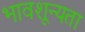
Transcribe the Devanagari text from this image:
भावशून्यता